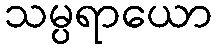
သမ္ပရာယော